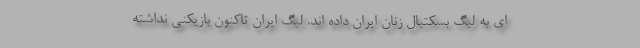
ای به لیگ بسکتبال زنان ایران داده اند. لیگ ایران تاکنون بازیکنی نداشته